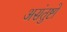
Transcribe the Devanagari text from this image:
असंतुष्टो